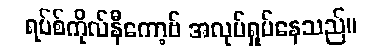
ရပ်စ်ကိုလ်နီကော့ဗ် အလုပ်ရှုပ်နေသည်။